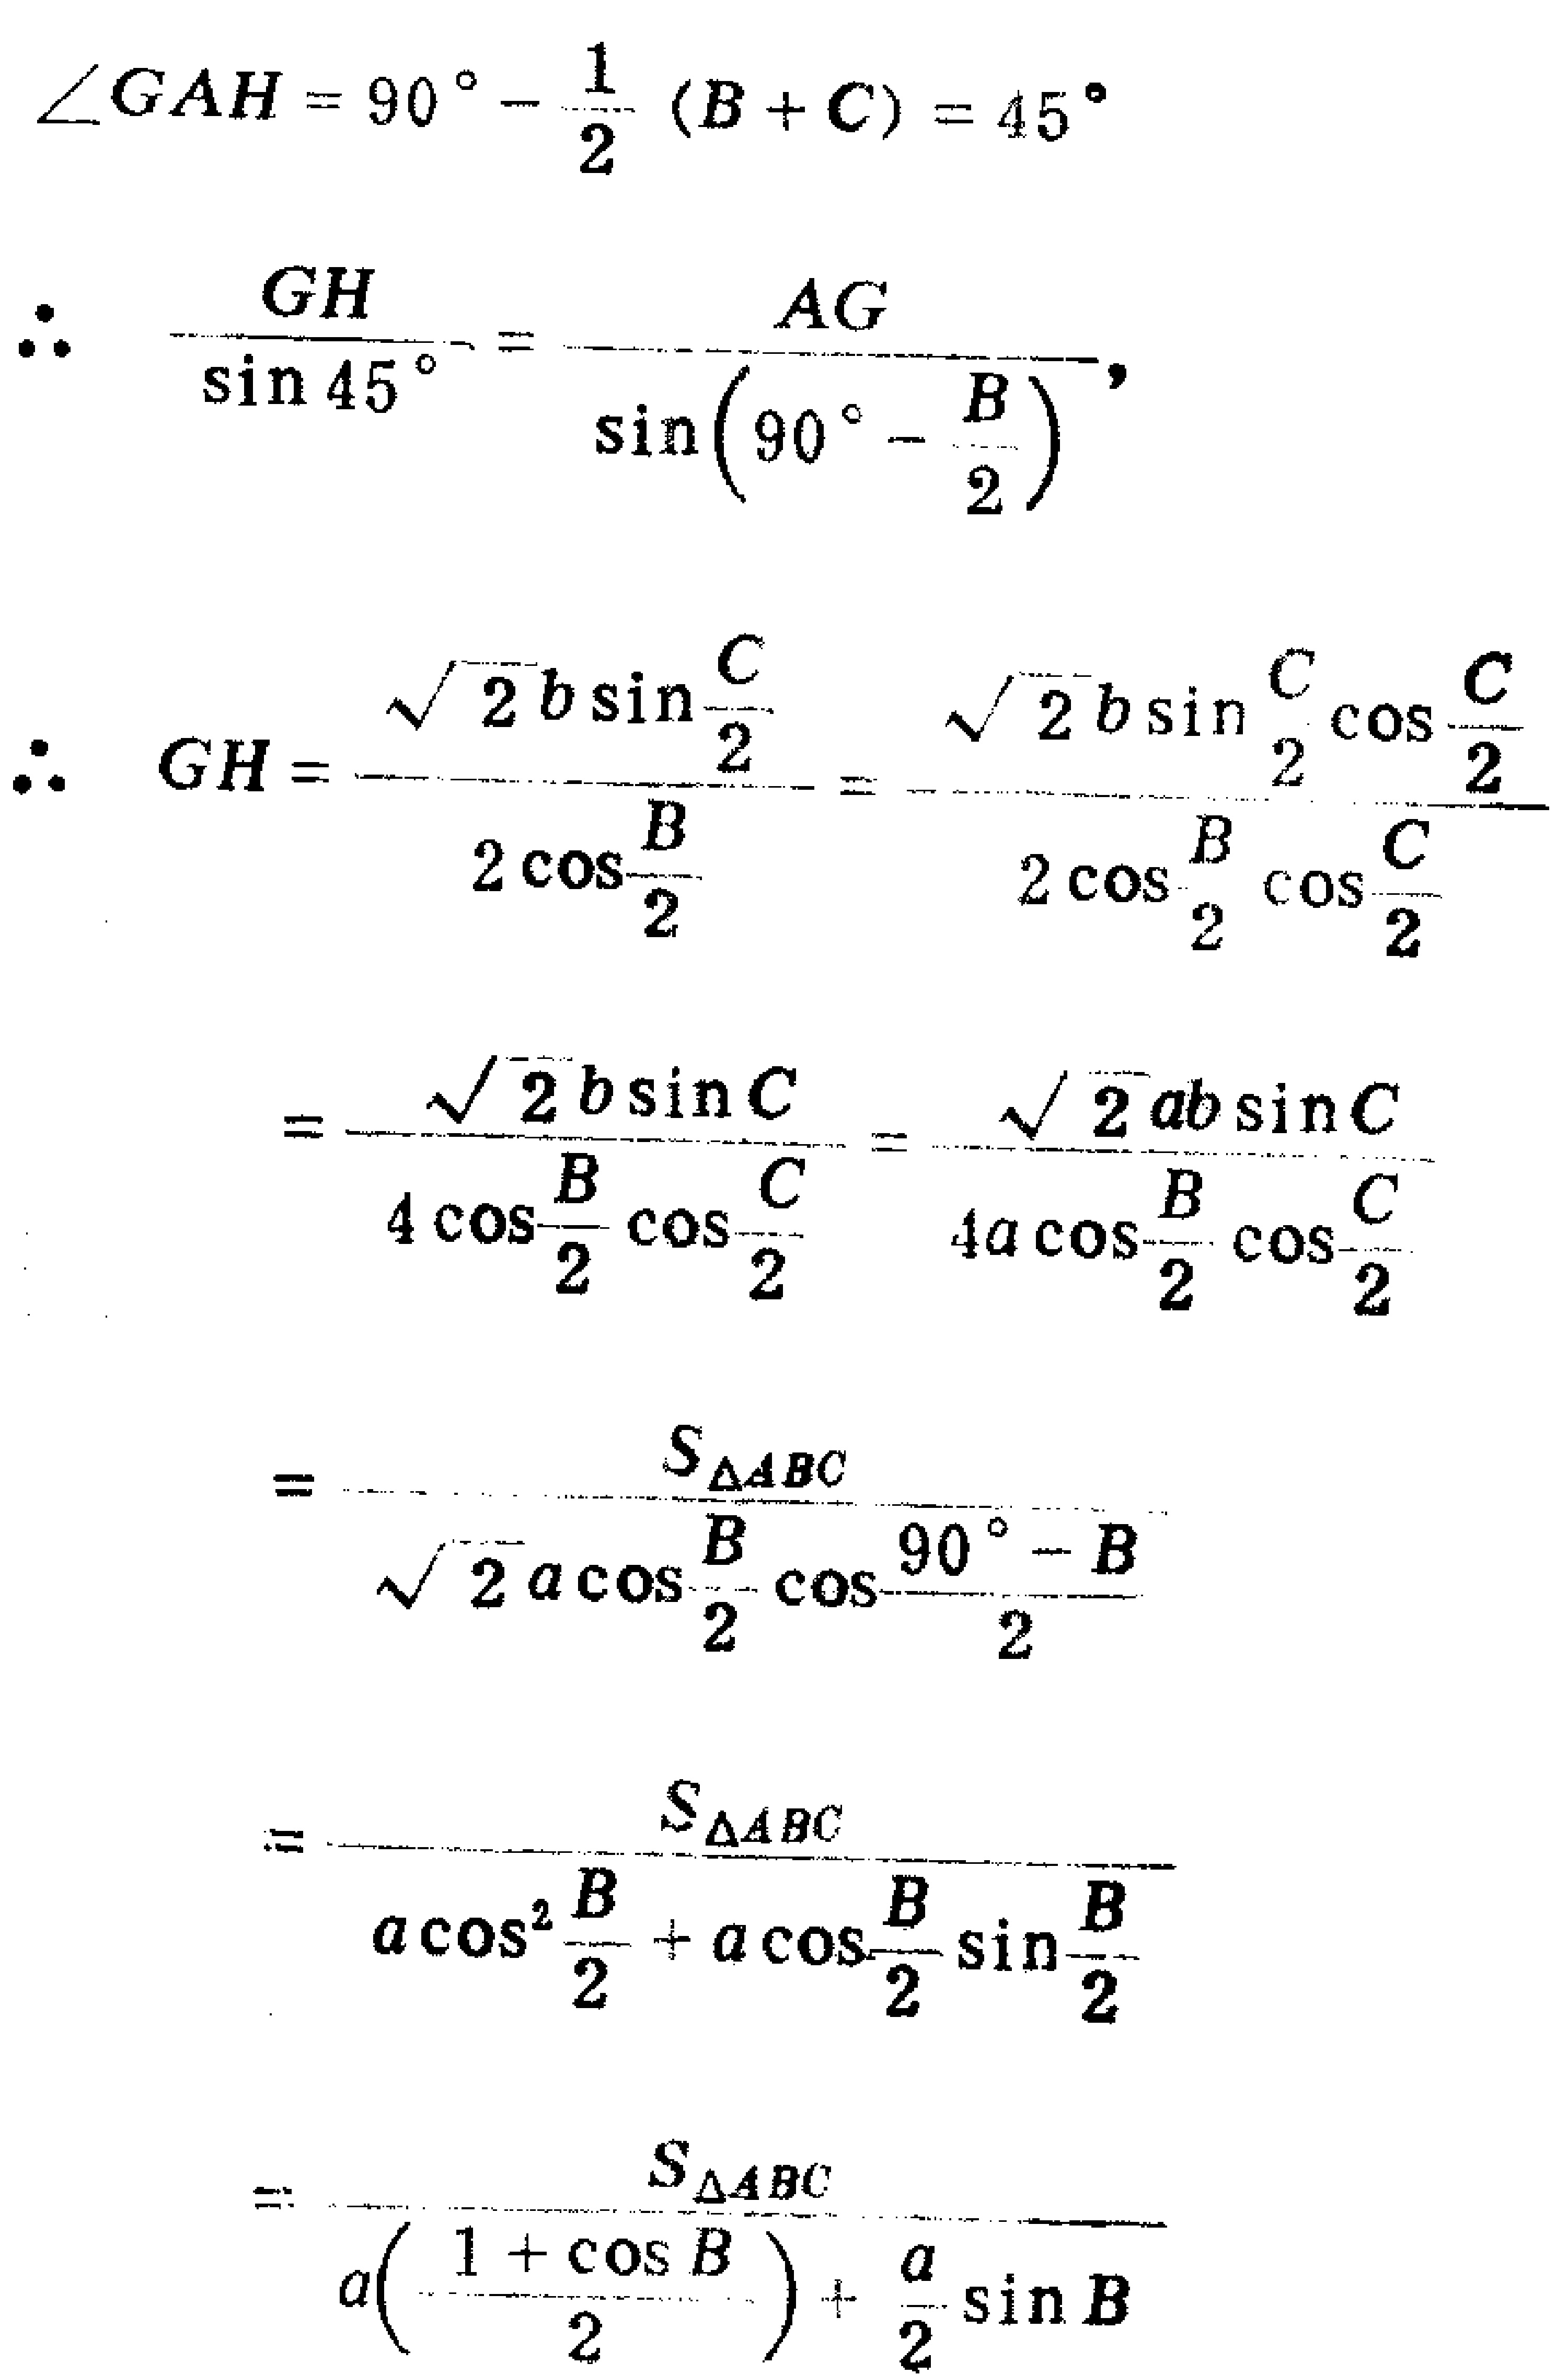
\[\begin{align*}

\angle GAH&=90^{\circ}-\frac{1}{2}(B + C)=45^{\circ}\\

\therefore\quad\frac{GH}{\sin45^{\circ}}&=\frac{AG}{\sin\left(90^{\circ}-\frac{B}{2}\right)},\\

\therefore\quad GH&=\frac{\sqrt{2}b\sin\frac{C}{2}}{2\cos\frac{B}{2}}=\frac{\sqrt{2}b\sin\frac{C}{2}\cos\frac{C}{2}}{2\cos\frac{B}{2}\cos\frac{C}{2}}\\

&=\frac{\sqrt{2}b\sin C}{4\cos\frac{B}{2}\cos\frac{C}{2}}=\frac{\sqrt{2}ab\sin C}{4a\cos\frac{B}{2}\cos\frac{C}{2}}\\

&=\frac{S_{\triangle ABC}}{\sqrt{2}a\cos\frac{B}{2}\cos\frac{90^{\circ}-B}{2}}\\

&=\frac{S_{\triangle ABC}}{a\cos^{2}\frac{B}{2}+a\cos\frac{B}{2}\sin\frac{B}{2}}\\

&=\frac{S_{\triangle ABC}}{a\left(\frac{1 + \cos B}{2}\right)+\frac{a}{2}\sin B}

\end{align*}\]